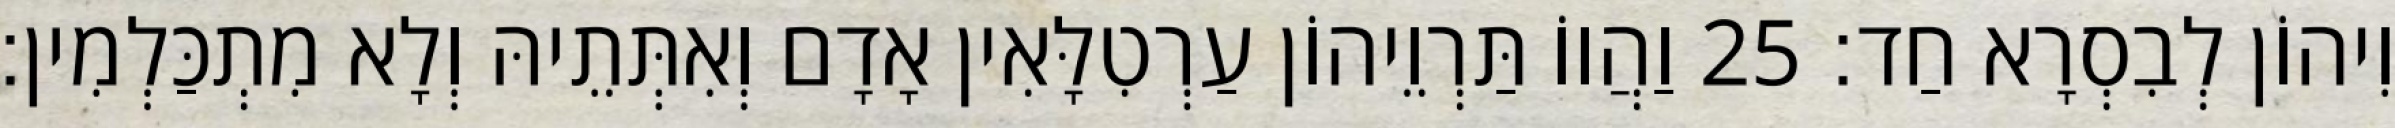
וִיהוֹן לְבִסְרָא חַד׃ 25 וַהֲווֹ תַּרְוֵיהוֹן עַרְטִלָּאִין אָדָם וְאִתְּתֵיהּ וְלָא מִתְכַּלְמִין׃